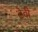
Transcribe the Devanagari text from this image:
ढेवी